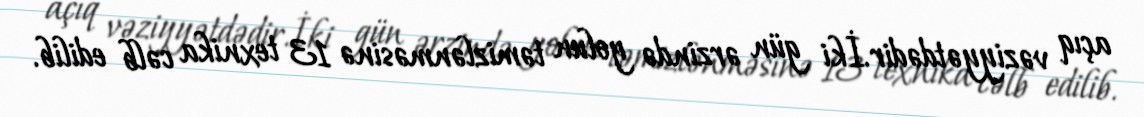
açıq vəziyyətdədir.İki gün ərzində yolun təmizlənməsinə 13 texnika cəlb edilib.